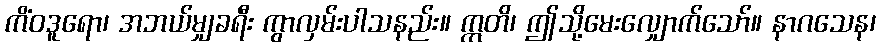
ကိံဝဒူရော၊ အဘယ်မျှခရီး ကွာလှမ်းပါသနည်း။ ဣတိ၊ ဤသို့မေးလျှောက်သော်။ နာဂသေန၊